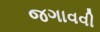
જગાવવી